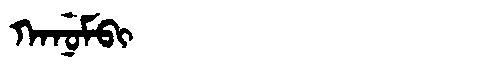
Manchu: ᡴᠠᠨᡠᠮᠪᡳ
Romanization: KANUMBI